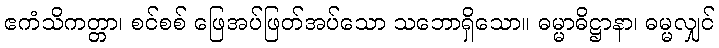
ဧကံသိကတ္တာ၊ စင်စစ် ဖြေအပ်ဖြတ်အပ်သော သဘောရှိသော။ ဓမ္မာဓိဋ္ဌာနာ၊ ဓမ္မလျှင်